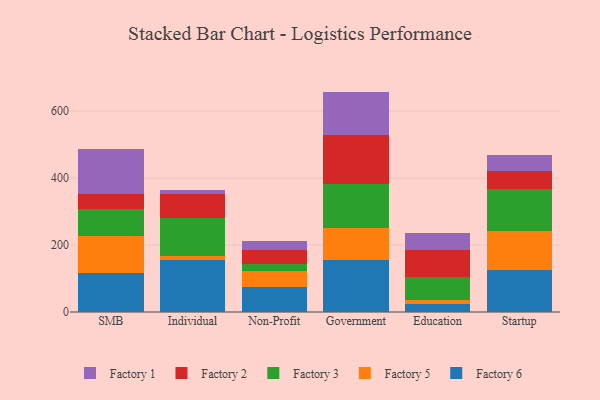
{"axis": {"x": "Segment", "y": "Headcount"}, "legend": ["Factory 1", "Factory 2", "Factory 3", "Factory 5", "Factory 6"], "data": [{"x": "SMB", "y": 115.6, "type": "Factory 6"}, {"x": "SMB", "y": 110.4, "type": "Factory 5"}, {"x": "SMB", "y": 82.2, "type": "Factory 3"}, {"x": "SMB", "y": 45.4, "type": "Factory 2"}, {"x": "SMB", "y": 134.1, "type": "Factory 1"}, {"x": "Individual", "y": 154.0, "type": "Factory 6"}, {"x": "Individual", "y": 13.5, "type": "Factory 5"}, {"x": "Individual", "y": 113.6, "type": "Factory 3"}, {"x": "Individual", "y": 71.4, "type": "Factory 2"}, {"x": "Individual", "y": 13.3, "type": "Factory 1"}, {"x": "Non-Profit", "y": 76.2, "type": "Factory 6"}, {"x": "Non-Profit", "y": 45.5, "type": "Factory 5"}, {"x": "Non-Profit", "y": 22.2, "type": "Factory 3"}, {"x": "Non-Profit", "y": 42.0, "type": "Factory 2"}, {"x": "Non-Profit", "y": 26.3, "type": "Factory 1"}, {"x": "Government", "y": 155.9, "type": "Factory 6"}, {"x": "Government", "y": 94.6, "type": "Factory 5"}, {"x": "Government", "y": 133.1, "type": "Factory 3"}, {"x": "Government", "y": 145.8, "type": "Factory 2"}, {"x": "Government", "y": 129.2, "type": "Factory 1"}, {"x": "Education", "y": 23.8, "type": "Factory 6"}, {"x": "Education", "y": 12.9, "type": "Factory 5"}, {"x": "Education", "y": 68.7, "type": "Factory 3"}, {"x": "Education", "y": 81.1, "type": "Factory 2"}, {"x": "Education", "y": 49.5, "type": "Factory 1"}, {"x": "Startup", "y": 125.4, "type": "Factory 6"}, {"x": "Startup", "y": 117.2, "type": "Factory 5"}, {"x": "Startup", "y": 124.8, "type": "Factory 3"}, {"x": "Startup", "y": 53.6, "type": "Factory 2"}, {"x": "Startup", "y": 49.3, "type": "Factory 1"}]}